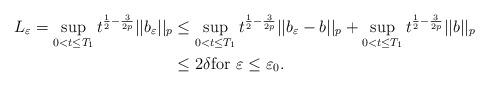
LaTeX: \begin{align*}L_{\varepsilon}=\sup_{0<t\leq T_1}t^{\frac{1}{2}-\frac{3}{2p}}||b_{\varepsilon}||_{p}&\leq \sup_{0<t\leq T_1}t^{\frac{1}{2}-\frac{3}{2p}}||b_{\varepsilon}-b||_{p}+\sup_{0<t\leq T_1}t^{\frac{1}{2}-\frac{3}{2p}}||b||_{p}\\&\leq 2\delta\textrm{for}\ \varepsilon\leq \varepsilon_0.\end{align*}